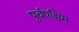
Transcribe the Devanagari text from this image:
पुर्वपश्चिम